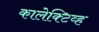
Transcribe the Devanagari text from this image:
कालेक्टिव्ह